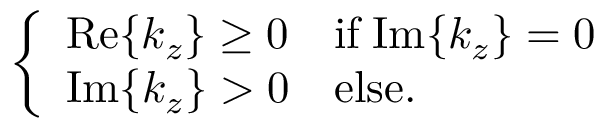
\left\{ \begin{array} { l l } { \mathrm { R e } \{ k _ { z } \} \geq 0 \quad \mathrm { i f } \; \mathrm { I m } \{ k _ { z } \} = 0 } \\ { \mathrm { I m } \{ k _ { z } \} > 0 \quad \mathrm { e l s e } . } \end{array} \right.